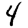
Digit: 4